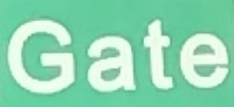
Gate